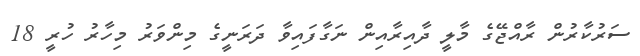
ސަރުކާރުން ރާއްޖޭގެ މާލީ ދާއިރާއިން ނަގާފައިވާ ދަރަނީގެ މިންވަރު މިހާރު ހުރީ 18